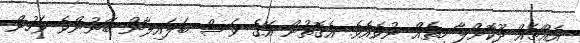
އެއްޗެއް ދޫކޮށްލާ ހިތެއް ނުވެއެވެ. އެގޮތުން އޭގެ ވަސް ބަލައިލާން ބޭނުންވެ ވަހުން